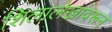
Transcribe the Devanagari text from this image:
शिलालेखांवरून